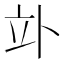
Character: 𥩖